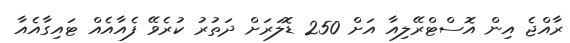
ރާއްޖެ އިން އޮސްޓްރޭލިއާ އަށް 250 ޑޮލަރަށް ދަތުރު ކުރެވޭ ފެއާއެއް ޓައިގާއެއާ